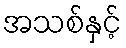
အသစ်နှင့်